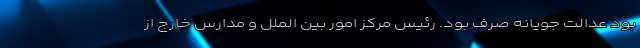
بود عدالت جویانه صرف بود. رئیس مرکز امور بین الملل و مدارس خارج از